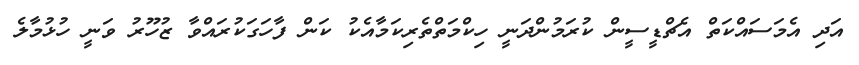
އަދި އެމަސައްކަތް އެޗްޑީސީން ކުރަމުންދަނީ ހިކްމަތްތެެރިކަމާއެކު ކަން ފާހަގަކުރައްވާ ޒުހޫރު ވަނީ ހުޅުމާލެ